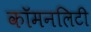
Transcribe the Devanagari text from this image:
कॉमनलिटी